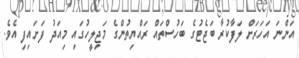
އަންނަ އަހަރަށް ލަފާކުރާ ބަޖެޓުގެ ބަހުސްތައް ރައްޔިތުންގެ މަޖިލީހުގައި މިއަދު ފަށައިފި އެވެ.